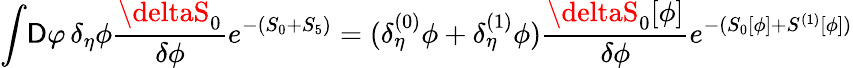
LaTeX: \int\! {\cal\mathsf{D}}\varphi\, \delta_{\eta}\phi{\frac{{\deltaS_{0}}}{{\delta\phi}}}e^{-(S_{0}+S_{5})}=(\delta_{\eta}^{(0)}\phi+\delta_{\eta}^{(1)}\phi){\frac{{\deltaS_{0}[\phi]}}{{\delta\phi}}}e^{-(S_{0}[\phi]+S^{(1)}[\phi])}